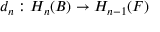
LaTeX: d _ { n } : H _ { n } ( B ) \to H _ { n - 1 } ( F )